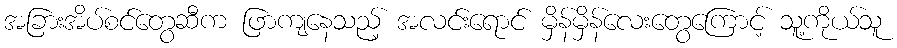
အခြားအိပ်စင်တွေဆီက ဖြာကျနေသည့် အလင်းရောင် မှိန်မှိန်လေးတွေကြောင့် သူ့ကိုယ်သူ